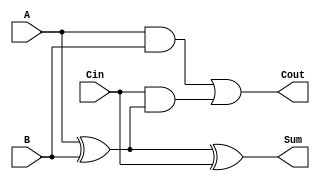
module full_adder(
    input A,
    input B,
    input Cin,
    output Sum,
    output Cout
);
    assign Sum = A ^ B ^ Cin;   // Sum calculation
    assign Cout = (A & B) | (Cin & (A ^ B)); // Carry out calculation
endmodule